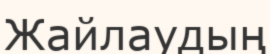
Жайлаудың